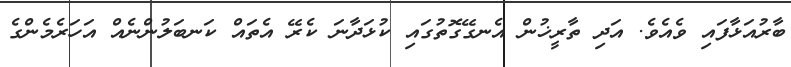
ބާރުއަޅާފައި ވެއެވެ. އަދި ތާރީޚުން އެނގޭގޮތުގައި ކުޅަދާނަ ކެރޭ އެތައް ކަނބަލުންނެއް އަހަރެމެންގެ